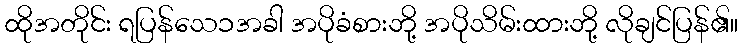
ထိုအတိုင်း ရပြန်သေ၁အခါ အပိုခံစားဘို့ အပိုသိမ်းထားဘို့ လိုချင်ပြန်၏။